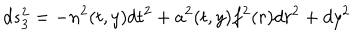
d s _ { 3 } ^ { 2 } = - n ^ { 2 } ( t , y ) d t ^ { 2 } + a ^ { 2 } ( t , y ) f ^ { 2 } ( r ) d r ^ { 2 } + d y ^ { 2 }